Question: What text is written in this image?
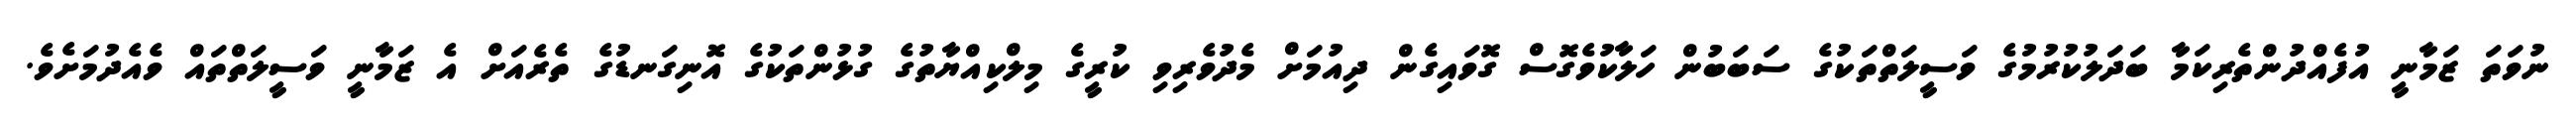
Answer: ނުވަތަ ޒަމާނީ އުފެއްދުންތެރިކަމާ ބަދަލުކުރުމުގެ ވަސީލަތްތަކުގެ ސަބަބުން ހަލާކުވެގޮސް ގޮވައިގެން ދިއުމަށް މެދުވެރިވި ކުރީގެ މިލްކިއްޔާތުގެ ގުޅުންތަކުގެ އޮނިގަނޑުގެ ތެރެއަށް އެ ޒަމާނީ ވަސީލަތްތައް ވެއެދުމަށެވެ.